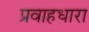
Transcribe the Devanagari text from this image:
प्रवाहधारा